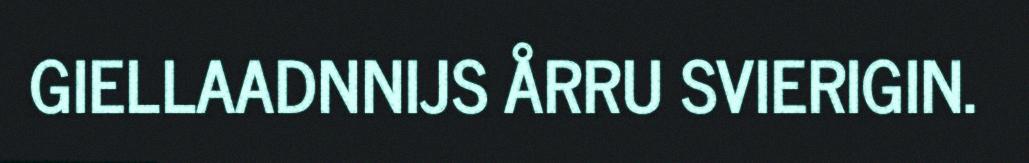
GIELLAADNNIJS ÅRRU SVIERIGIN.